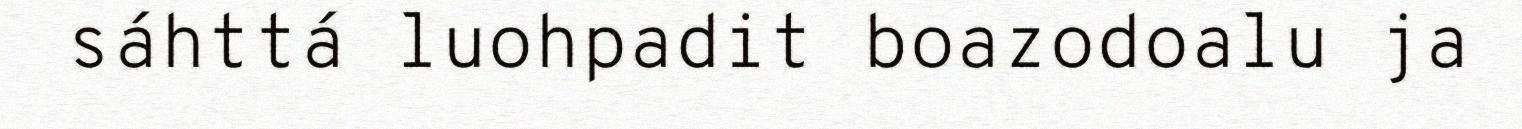
sáhttá luohpadit boazodoalu ja